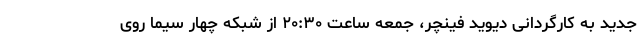
جدید به کارگردانی دیوید فینچر، جمعه ساعت ۲۰:۳۰ از شبکه چهار سیما روی